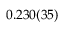
0 . 2 3 0 ( 3 5 )